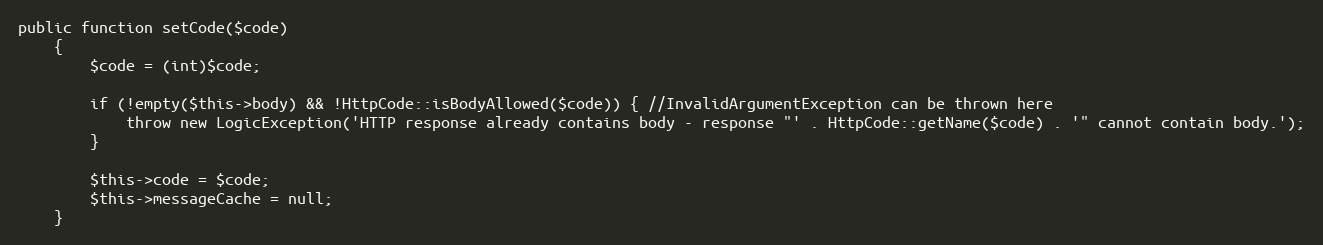
Language: PHP
public function setCode($code)
    {
        $code = (int)$code;

        if (!empty($this->body) && !HttpCode::isBodyAllowed($code)) { //InvalidArgumentException can be thrown here
            throw new LogicException('HTTP response already contains body - response "' . HttpCode::getName($code) . '" cannot contain body.');
        }

        $this->code = $code;
        $this->messageCache = null;
    }